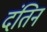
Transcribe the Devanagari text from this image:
दंतिन